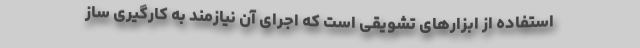
استفاده از ابزارهای تشویقی است که اجرای آن نیازمند به کارگیری ساز